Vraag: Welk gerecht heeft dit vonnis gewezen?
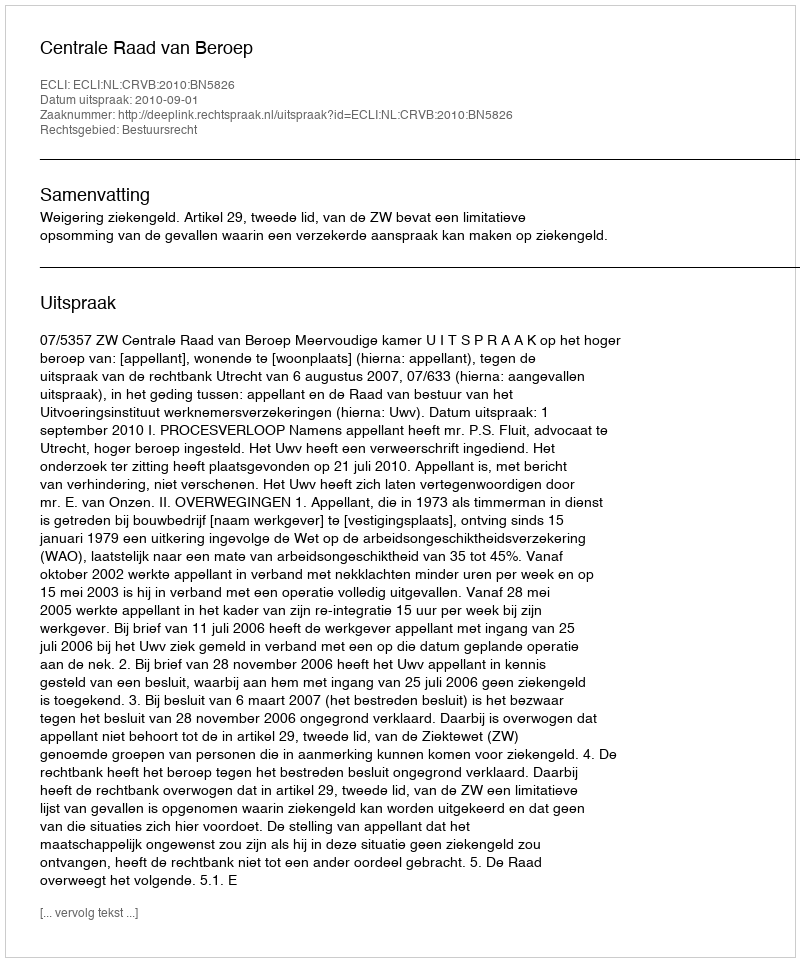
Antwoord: Centrale Raad van Beroep